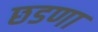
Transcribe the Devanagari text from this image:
छडणा